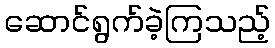
ဆောင်ရွက်ခဲ့ကြသည့်